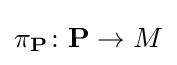
\pi _{\mathbf {P} }\colon {\mathbf {P} }\to M